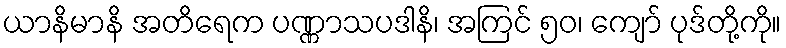
ယာနိမာနိ အတိရေက ပဏ္ဏာသပဒါနိ၊ အကြင် ၅၀၊ ကျော် ပုဒ်တို့ကို။